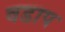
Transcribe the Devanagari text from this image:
वडाप